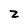
Character: z